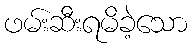
ဖမ်းဆီးရမိခဲ့သော